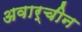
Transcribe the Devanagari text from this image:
अवार्चीन